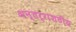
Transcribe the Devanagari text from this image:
अन्तर्राशटीय